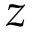
z